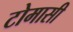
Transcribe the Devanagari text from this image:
टोमासी